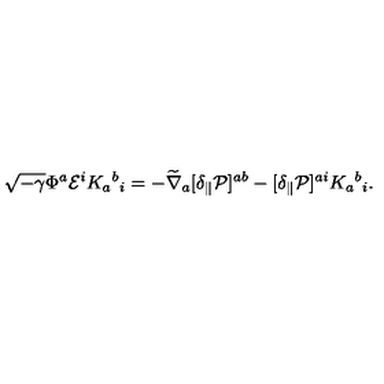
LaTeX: \sqrt { - \gamma } \Phi ^ { a } { \cal E } ^ { i } K _ { a } { } ^ { b } { } _ { i } = - \widetilde \nabla _ { a } [ \delta _ { \parallel } { \cal P } ] ^ { a b } - [ \delta _ { \parallel } { \cal P } ] ^ { a i } K _ { a } { } ^ { b } { } _ { i } .